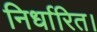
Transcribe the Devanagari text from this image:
निर्धारित।